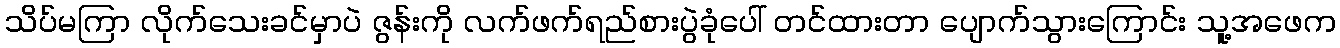
သိပ်မကြာ လိုက်သေးခင်မှာပဲ ဇွန်းကို လက်ဖက်ရည်စားပွဲခုံပေါ် တင်ထားတာ ပျောက်သွားကြောင်း သူ့အဖေက